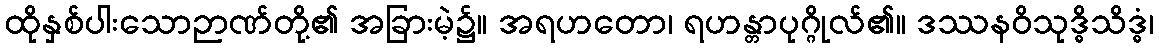
ထိုနှစ်ပါးသောဉာဏ်တို့၏ အခြားမဲ့၌။ အရဟတော၊ ရဟန္တာပုဂ္ဂိုလ်၏။ ဒဿနဝိသုဒ္ဓိသိဒ္ဓံ၊